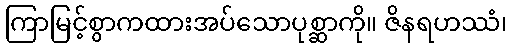
ကြာမြင့်စွာကထားအပ်သောပုစ္ဆာကို။ ဇိနရဟဿံ၊